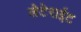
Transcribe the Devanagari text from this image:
लेटेराईट